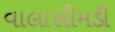
વાલાસીમડી